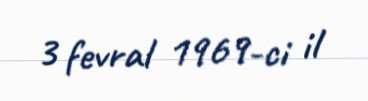
3 fevral 1969-ci il